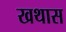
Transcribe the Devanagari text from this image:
खथास